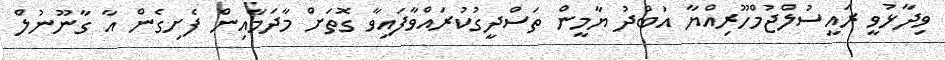
ވިދާޅުވީ ރައީސުލްޖުމްހޫރިއްޔާ އަބްދު ޔާމީން ތަސްދީގުކުރައްވާފައިވާ ގޮތަށް މާދަމާއިން ފެށިގެން އާ ގާނޫނުލް